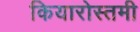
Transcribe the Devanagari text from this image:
कियारोस्तमी